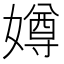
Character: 𫱵